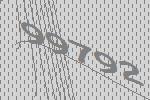
99792